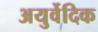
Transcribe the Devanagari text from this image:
अयुर्वेदिक